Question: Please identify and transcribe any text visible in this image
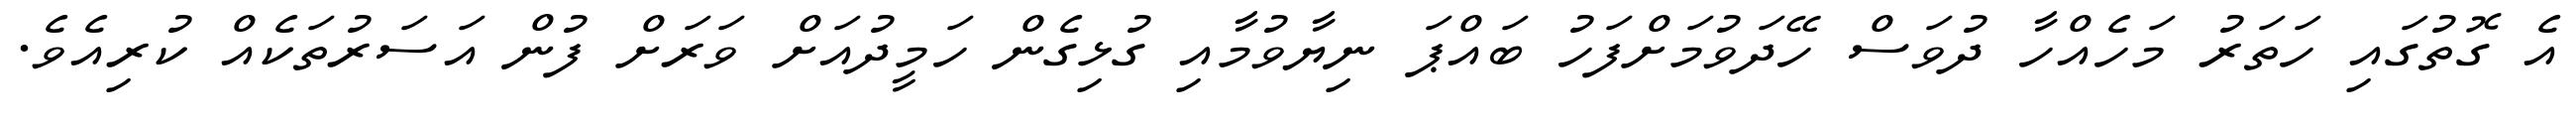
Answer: އެ ގޮތުގައި ހަތަރު މަހެއްހާ ދުވަސް ހޭދަވުމަށްފަހު ބައްޕަ ނިޔާވުމާއި ގުޅިގެން ހަމީދުއަށް ވަރަށް ފުން އަސަރުތަކެއް ކުރިއެވެ.